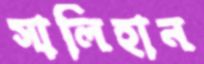
সালিহান